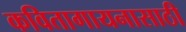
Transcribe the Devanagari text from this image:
कवितागायनासाठी